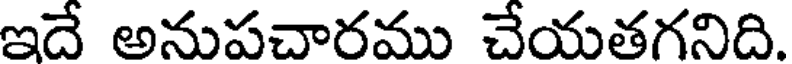
ఇదే అనుపచారము చేయతగనిది.